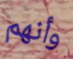
وأنهم